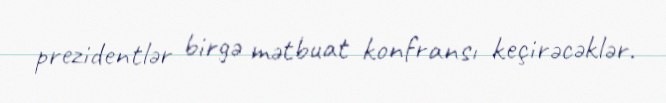
prezidentlər birgə mətbuat konfransı keçirəcəklər.